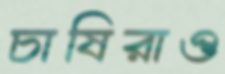
চাষিরাও